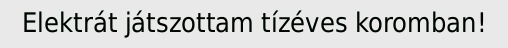
Elektrát játszottam tízéves koromban!